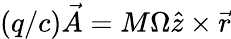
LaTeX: (q/c)\vec{A}=M\Omega\hat{z}\times\vec{r}